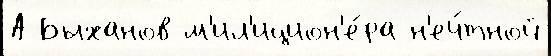
А Быханов м'ил'ицион'е́ра н'еч́тной